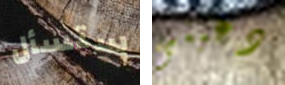
ستسأل دعينى